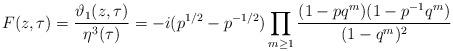
LaTeX: \begin{align*} F(z,\tau) = \frac{\vartheta_1(z,\tau)}{\eta^3(\tau)} = -i(p^{1/2} - p^{-1/2}) \prod_{m \geq 1} \frac{ (1-pq^m) (1-p^{-1}q^m)}{ (1-q^m)^2 } \end{align*}